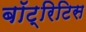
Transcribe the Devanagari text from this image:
बॉट्रिटिस